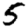
Digit: 5